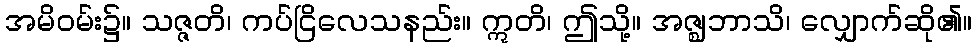
အမိဝမ်း၌။ သဇ္ဇတိ၊ ကပ်ငြိလေသနည်း။ ဣတိ၊ ဤသို့။ အဇ္ဈဘာသိ၊ လျှောက်ဆို၏။